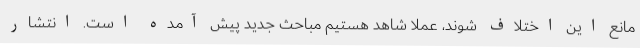
مانع این اختلاف شوند، عملا شاهد هستیم مباحث جدید پیش آمده است. انتشار